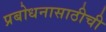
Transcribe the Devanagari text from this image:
प्रबोधनासाठीची